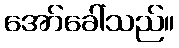
အော်ခေါ်သည်။